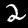
Label: 2